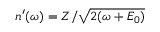
n ^ { \prime } ( \omega ) = Z / \sqrt { 2 ( \omega + E _ { 0 } ) }